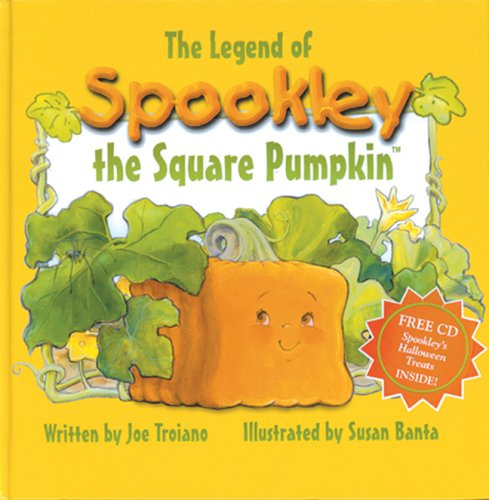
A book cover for The Legend of Spookley the Square Pumpkin; Joe Troiano; Children's Books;